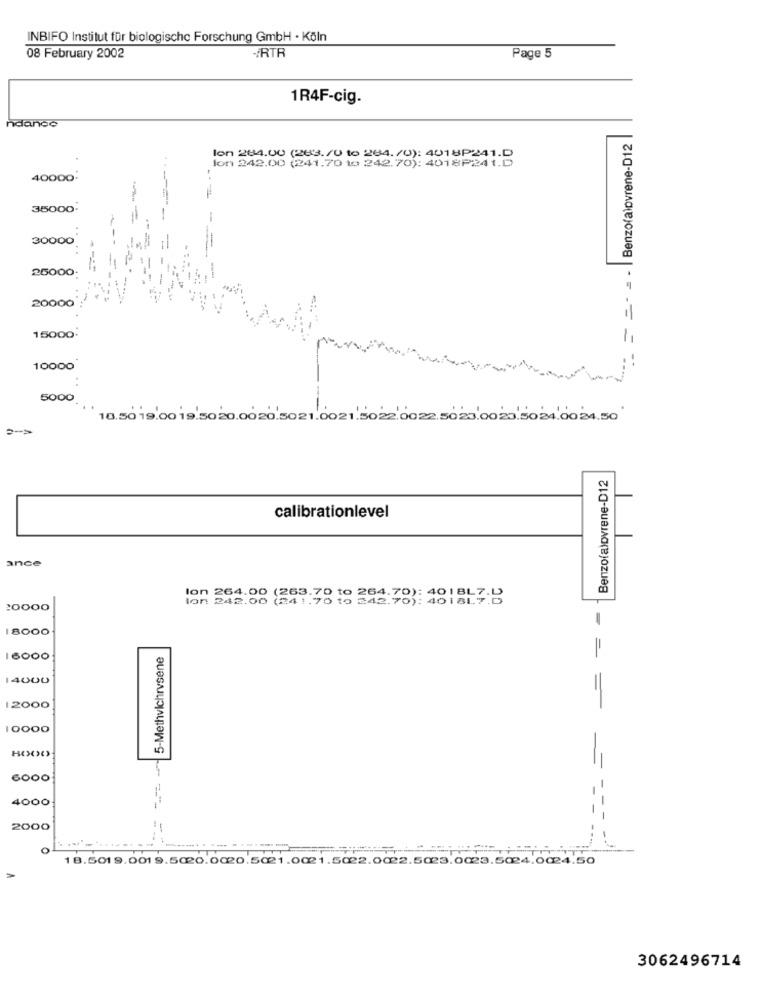
INBIFO Institut für biologische Forschung GmbH · Köln
08 February 2002
-RTR
Page 5
1R4F-cig.
ndande
= = = |Benzofalovrene-D12
lon 242.00 (241.70 to 242.70): 4018P241.D
lon 264.00 (283. /0 to 284. /0): 4018P241.D
40000.
--
35000
30000
25000
20000
15000
10000
5000
18.50 19.00 19.5020.0020.5021.0021.5022.0022.5023.0023.5024.0024.50
=- >
Benzo(alovrene-D12
calibrationlevel
ance
lon 242.00 (241.70
264.00 (263.70 to 264.70): 40 | BL7.
0 242.7
:0000
18000
5-Methvichrvsene
16000
14000
12000
=
10000
6000
4000
---
2000
-
0
18.5019.0019.5020.0020.5021.0021.5022.0022.5023.0023.5024.0024.50
3062496714